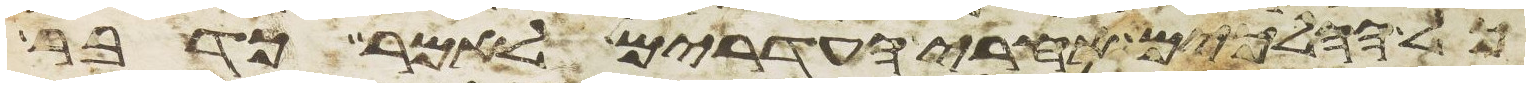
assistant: כל ההלכים אחרי העדרים לאמר כדבר